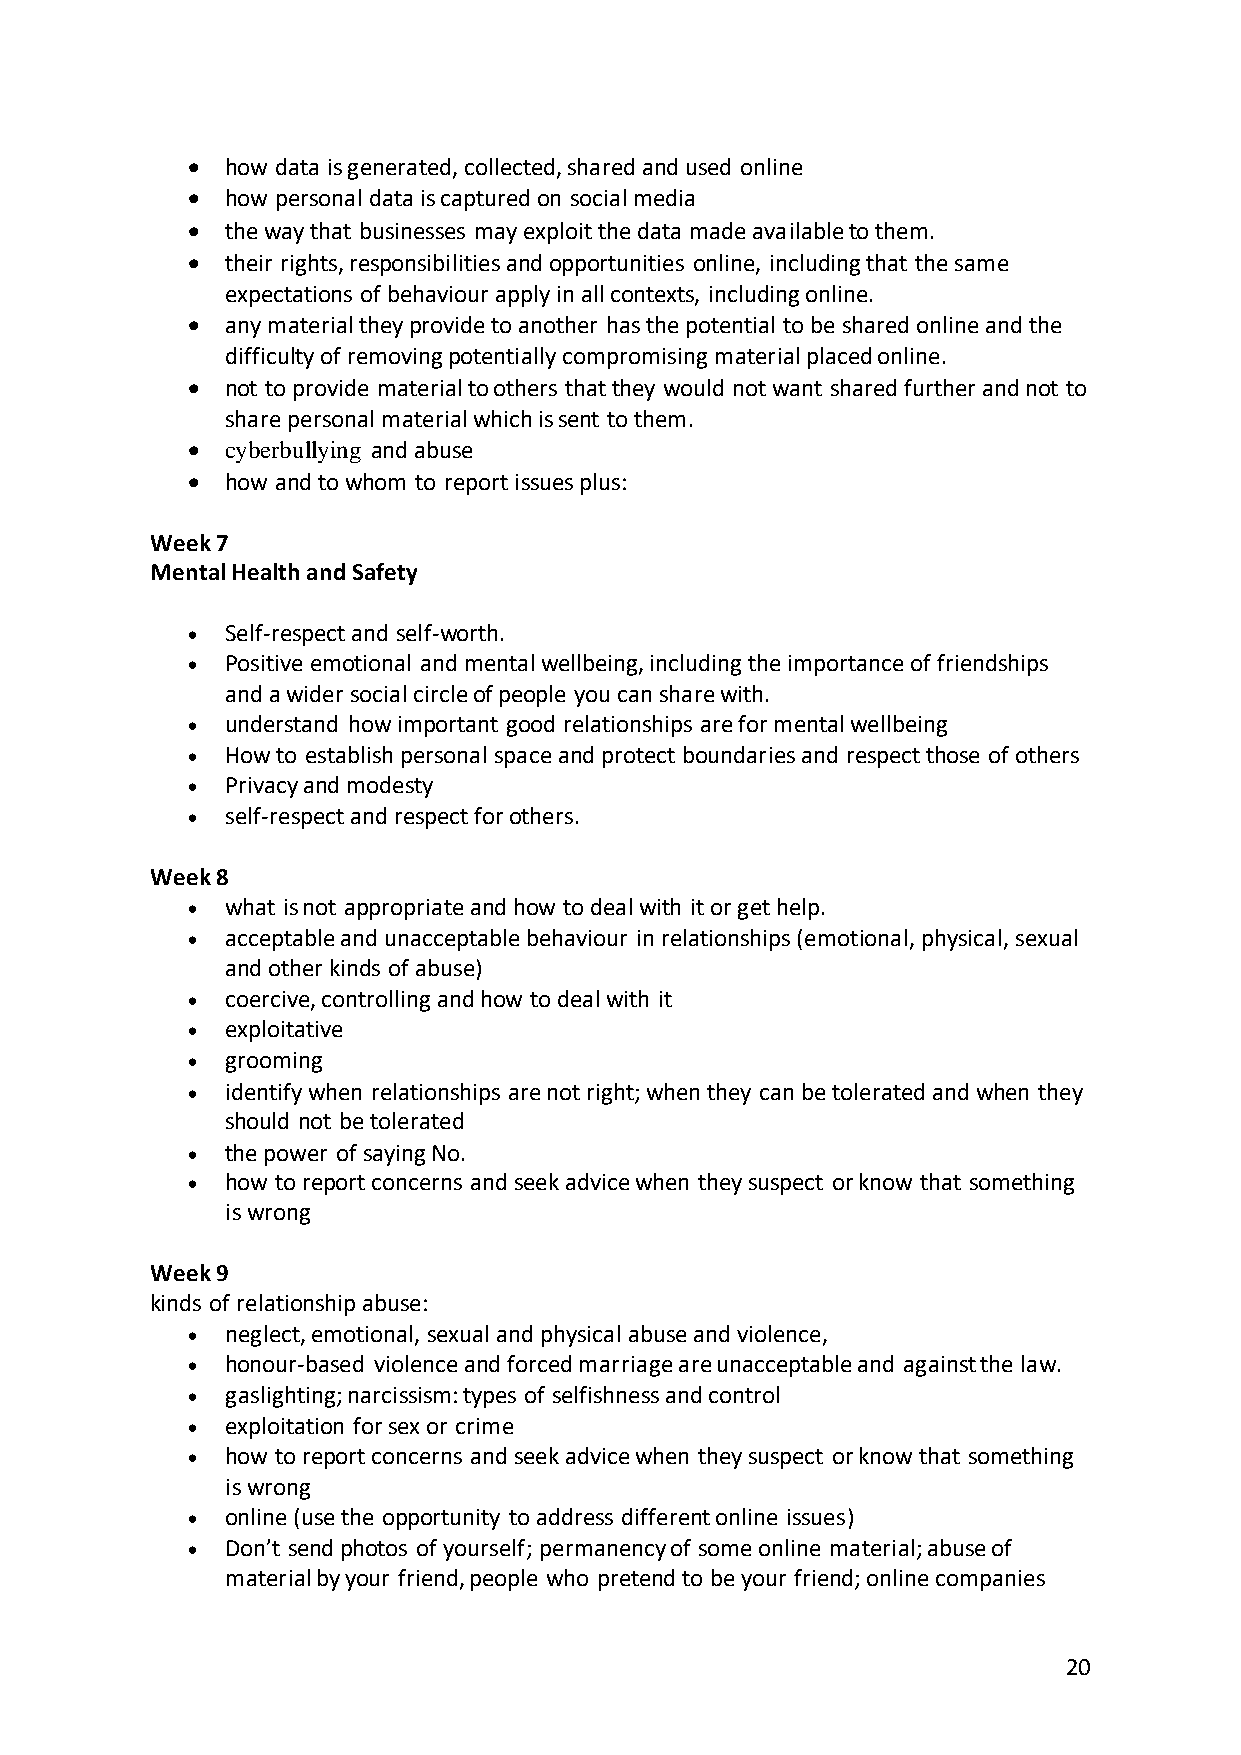
•  how data is generated, collected, shared and used online
 •  how personal data is captured on social media
 •  the way that businesses may exploit the data made available to them.
 •  their rights, responsibilities and opportunities online, including that the same
 expectations of behaviour apply in all contexts, including online.
 •  any material they provide to another has the potential to be shared online and the
 difficulty of removing potentially compromising material placed online.
 •  not to provide material to others that they would not want shared further and not to
 share personal material which is sent to them.
 •  cyberbullying and abuse
 •  how and to whom to report issues plus:
 Week 7
 Mental Health and Safety
 •  Self-respect and self-worth.
 •  Positive emotional and mental wellbeing, including the importance of friendships
 and a wider social circle of people you can share with.
 •  understand how important good relationships are for mental wellbeing
 •  How to establish personal space and protect boundaries and respect those of others
 •  Privacy and modesty
 •  self-respect and respect for others.
 Week 8
 •  what is not appropriate and how to deal with it or get help.
 •  acceptable and unacceptable behaviour in relationships (emotional, physical, sexual
 and other kinds of abuse)
 •  coercive, controlling and how to deal with it
 •  exploitative
 •  grooming
 •  identify when relationships are not right; when they can be tolerated and when they
 should not be tolerated
 •  the power of saying No.
 •  how to report concerns and seek advice when they suspect or know that something
 is wrong
 Week 9
 kinds of relationship abuse:
 •  neglect, emotional, sexual and physical abuse and violence,
 •  honour-based violence and forced marriage are unacceptable and against the law.
 •  gaslighting; narcissism: types of selfishness and control
 •  exploitation for sex or crime
 •  how to report concerns and seek advice when they suspect or know that something
 is wrong
 •  online (use the opportunity to address different online issues)
 •  Don’t send photos of yourself; permanency of some online material; abuse of
 material by your friend, people who pretend to be your friend; online companies
 20